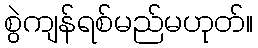
စွဲကျန်ရစ်မည်မဟုတ်။